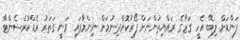
ފަންޑަށް ލިބޭ އެހީ ގަޒާގެ ރައްޔިތުންނަށް ފޯރުކޮށްދިނުމަށް ނިންމާފައި ވަނީ ގަތަރު ރެޑްކުރެސެންޓާ